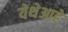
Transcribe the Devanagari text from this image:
येथेआहे